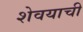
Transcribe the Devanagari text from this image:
शेवयाची